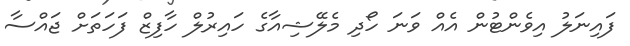
ފައިނަލު އިވެންޓުން އެއް ވަނަ ހޯދި މެލޭޝިއާގެ ހައިރުލް ހާފިޒް ފަހަތަށް ޖައްސާ